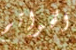
الخواتم